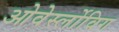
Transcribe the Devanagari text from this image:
ओवेर्स्लोविग